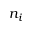
n _ { i }